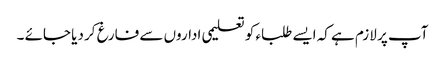
آپ پر لازم ہے کہ ایسے طلباء کو تعلیمی اداروں سے فارغ کر دیا جائے ۔